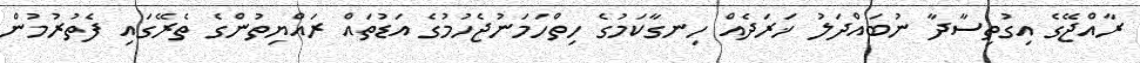
ރާއްޖޭގެ އިގުތިސާދާ ނުބައްދަލު ޚަރަދެއް ހިނގާކަމުގެ ހިތްހަމަނުޖެހުމުގެ އަޑުތައް ރައްޔިތުންގެ ތެރޭގައި ފެތުރުމުން